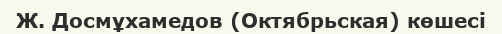
Ж. Досмұхамедов (Октябрьская) көшесі